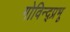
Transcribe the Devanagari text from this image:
गोविन्द्प्रभू